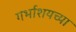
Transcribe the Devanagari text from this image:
गर्भाशयच्या